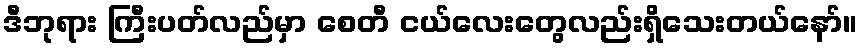
ဒီဘုရား ကြီးပတ်လည်မှာ စေတီ ငယ်လေးတွေလည်းရှိသေးတယ်နော်။